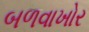
બળવાખોર